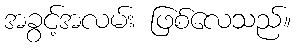
အခွင့်အလမ်း ဖြစ်လေသည်။